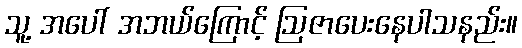
သူ့ အပေါ် အဘယ်ကြောင့် ဩဇာပေးနေပါသနည်း။